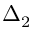
\Delta _ { 2 }